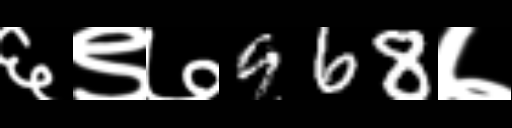
Text: ६९७968७